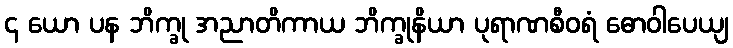
၄ ယော ပန ဘိက္ခု အညာတိကာယ ဘိက္ခုနိယာ ပုရာဏစီဝရံ ဓောဝါပေယျ